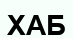
ХАБ